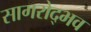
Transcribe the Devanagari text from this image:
सागरोद्भव